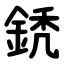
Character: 鋵